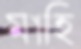
মাহি